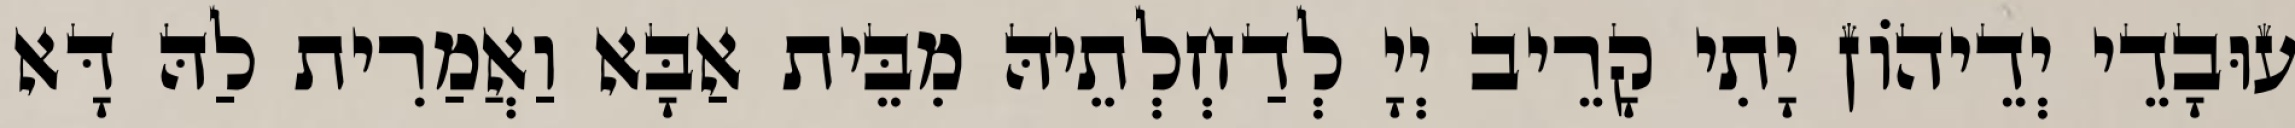
עוּבָדֵי יְדֵיהוֹן יָתִי קָרֵיב יְיָ לְדַחְלְתֵיהּ מִבֵּית אַבָּא וַאֲמַרִית לַהּ דָּא